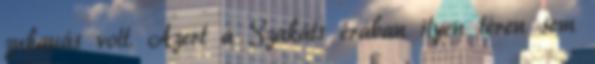
zuhanás volt. Azert a Szakáts érában ilyen téren sem